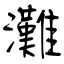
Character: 灘